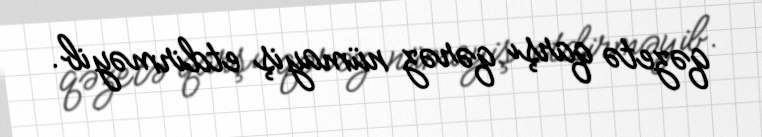
qəzetə qarşı qərəz nümayiş etdirməyib.